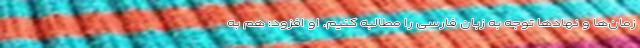
زمان‌ها و نهادها توجه به زبان فارسی را مطالبه کنیم. او افزود: هم به